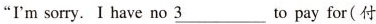
"I'm sorry. I have no \underline{3} to pay for(付